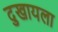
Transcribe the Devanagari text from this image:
दुखायला